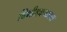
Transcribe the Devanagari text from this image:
विभीतकच्छाया